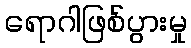
ရောဂါဖြစ်ပွားမှု